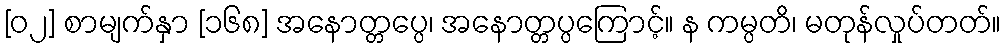
[၀၂] စာမျက်နှာ [၁၆၈] အနောတ္တပ္ပေ၊ အနောတ္တပ္ပကြောင့်။ န ကမ္ပတိ၊ မတုန်လှုပ်တတ်။